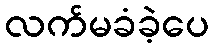
လက်မခံခဲ့ပေ